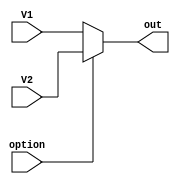
module MUX_32(V1, V2, option, out);
	input [31:0] V1;
	input [31:0] V2;
	input option;
	output reg [31:0]out;
	
	always @ (V1 or V2) begin
		if(option == 0) begin
			out = V1;
		end else begin
			out = V2;
		end
	end
	
endmodule